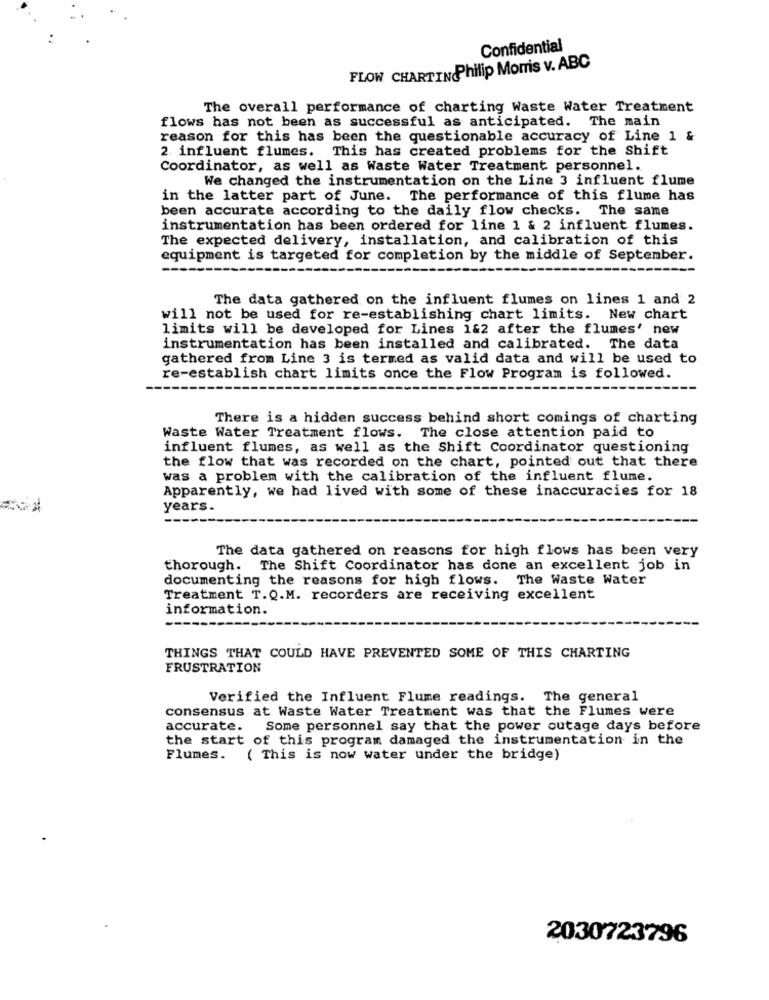
Confidential
FLOW CHARTINPhilip Morris v. ABC
The overall performance of charting Waste Water Treatment
flows has not been as successful as anticipated. The main
reason for this has been the questionable accuracy of Line 1 &
2 influent flumes. This has created problems for the Shift
Coordinator, as well as Waste Water Treatment personnel.
We changed the instrumentation on the Line 3 influent flume
in the latter part of June. The performance of this flume has
been accurate according to the daily flow checks. The same
instrumentation has been ordered for line 1 & 2 influent flumes.
The expected delivery, installation, and calibration of this
equipment is targeted for completion by the middle of September.
The data gathered on the influent flumes on lines 1 and 2
will not be used for re-establishing chart limits. New chart
limits will be developed for Lines 1&2 after the flumes' new
instrumentation has been installed and calibrated. The data
gathered from Line 3 is termed as valid data and will be used to
re-establish chart limits once the Flow Program is followed.
There is a hidden success behind short comings of charting
Waste Water Treatment flows. The close attention paid to
influent flumes, as well as the Shift Coordinator questioning
the flow that was recorded on the chart, pointed out that there
was a problem with the calibration of the influent flume.
Apparently, we had lived with some of these inaccuracies for 18
years.
The data gathered on reasons for high flows has been very
thorough. The Shift Coordinator has done an excellent job in
documenting the reasons for high flows. The Waste Water
Treatment T.Q.M. recorders are receiving excellent
information.
THINGS THAT COULD HAVE PREVENTED SOME OF THIS CHARTING
FRUSTRATION
Verified the Influent Flume readings. The general
consensus at Waste Water Treatment was that the Flumes were
accurate.
Some personnel say that the power outage days before
the start of this program damaged the instrumentation in the
Flumes. ( This is now water under the bridge)
2030723796